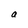
Character: a